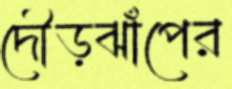
দৌড়ঝাঁপের